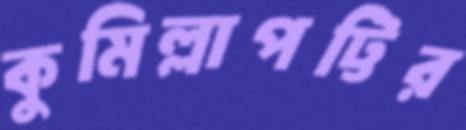
কুমিল্লাপট্টির